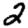
Digit: 2